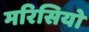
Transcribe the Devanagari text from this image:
मरिसियो